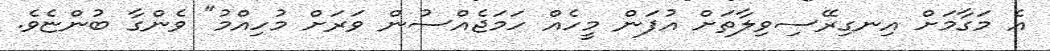
އެ މަގާމަށް އިނގިރޭސިވިލާތަށް އުފަން މީހެއް ހަމަޖެއްސުން ވަރަށް މުހިއްމު" ވެންގާ ބުންޏެވެ.